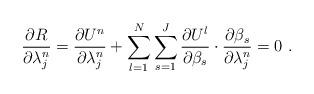
LaTeX: \begin{align*}\frac{{\partial R}}{{\partial \lambda _j^{n} }} = \frac{{\partial {U^n}}}{{\partial \lambda _j^{n}}} + \sum\limits_{l = 1}^N \sum\limits_{s = 1}^J {\frac{{\partial {U^l}}}{{\partial {\beta_s}}}\cdot\frac{{\partial {\beta_s}}}{{\partial \lambda _j^{n}}} = 0} \ .\end{align*}